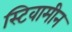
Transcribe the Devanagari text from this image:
स्टिवामीन